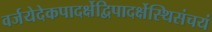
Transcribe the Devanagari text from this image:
वर्जयेदेकपादर्क्षेद्विपादर्क्षेस्थिसंचयं